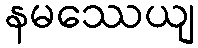
နမဿေယျ